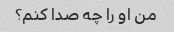
من او را چه صدا کنم؟